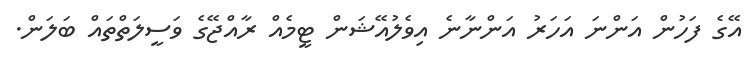
އޭގެ ފަހުން އަންނަ އަހަރު އަންނާނެ އިވެލުއޭޝަން ޓީމެއް ރާއްޖޭގެ ވަސީލަތްތައް ބަލަން.